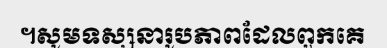
។សូមទស្សនារូបភាពដែលពួកគេ